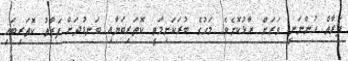
ފަރާތް ހުންނަނީ ވަރަށް ރާޅުކޮށެވެ. މަހުގެ ބުރަކަށިމަތީ ކޮތަރިބަޔާއި ބަނޑުދަށް ފަރާތު ކޮތަރިބައި